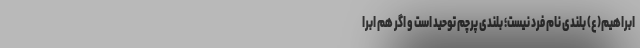
ابراهیم(ع) بلندی نام فرد نیست؛ بلندی پرچم توحید است و اگر هم ابرا